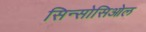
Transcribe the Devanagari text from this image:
सिन्सोसिओल